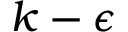
k - \epsilon